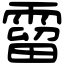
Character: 霤